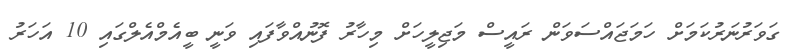
ގަވަރުނަރުކަމަށް ހަމަޖައްސަވަން ރައީސް މަޖިލީހަށް މިހާރު ފޮނުއްވާފައި ވަނީ ބީއެމްއެލްގައި 10 އަހަރު